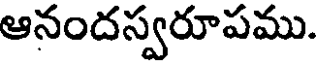
ఆనందస్వరూపము.